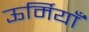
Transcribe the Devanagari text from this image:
ऊर्मियाँ